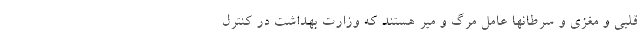
قلبی و مغزی و سرطانها عامل مرگ و میر هستند که وزارت بهداشت در کنترل